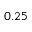
0 . 2 5